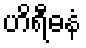
ဟိရီဓနံ